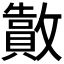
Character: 𫿜